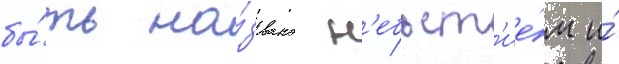
бы́ть на́звано н'ебыт'ие́м и́